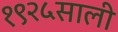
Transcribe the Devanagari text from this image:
१९२५साली